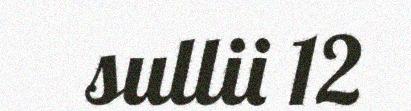
sullii 12